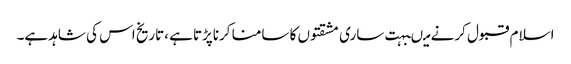
اسلام قبول کرنے میںبہت ساری مشقتوں کا سامنا کرناپڑتاہے ،تاریخ اس کی شاہدہے۔